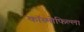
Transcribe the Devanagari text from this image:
कॉस्मोफिल्ला